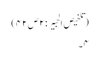
(تلخیص الحبیر: ۲ص۴۲)
۴۔